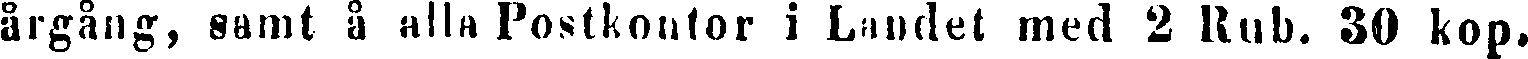
årgång, samt å alla Postkontor i Landet med 2 Rub. 30 kop.